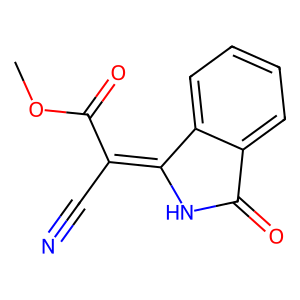
SMILES: COC(=O)C(C#N)=C1NC(=O)c2ccccc21
Inhibits HIV replication: No